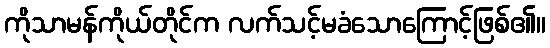
ကိုသာမန်ကိုယ်တိုင်က လက်သင့်မခံသောကြောင့်ဖြစ်၏။